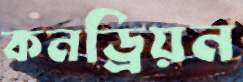
কনড্রিয়ন